Vaccination in the Punjab 1867-1880 - 1867-1880
Year: 1867
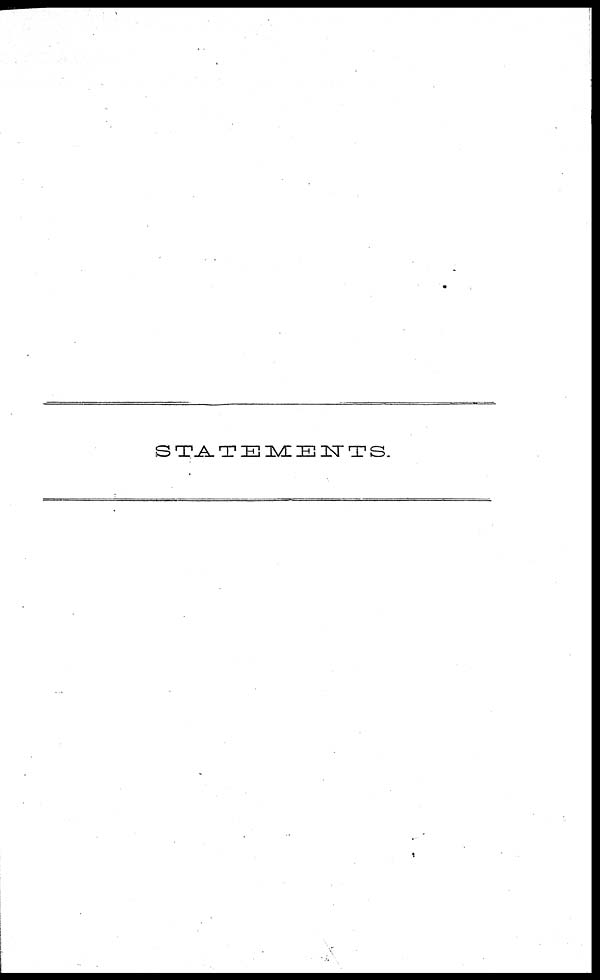
STATEMENTS.